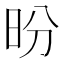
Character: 昐